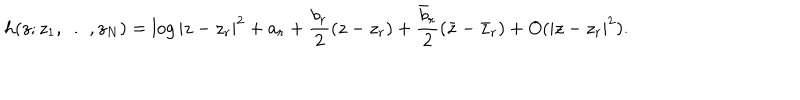
h ( z ; z _ { 1 } , \ldots , z _ { N } ) = \log | z - z _ { r } | ^ { 2 } + a _ { r } + \frac { b _ { r } } { 2 } ( z - z _ { r } ) + \frac { \bar { b } _ { r } } { 2 } ( \bar { z } - \bar { z } _ { r } ) + O ( | z - z _ { r } | ^ { 2 } ) .